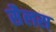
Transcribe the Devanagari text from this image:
सैलस